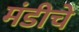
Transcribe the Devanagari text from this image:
मंडीचे